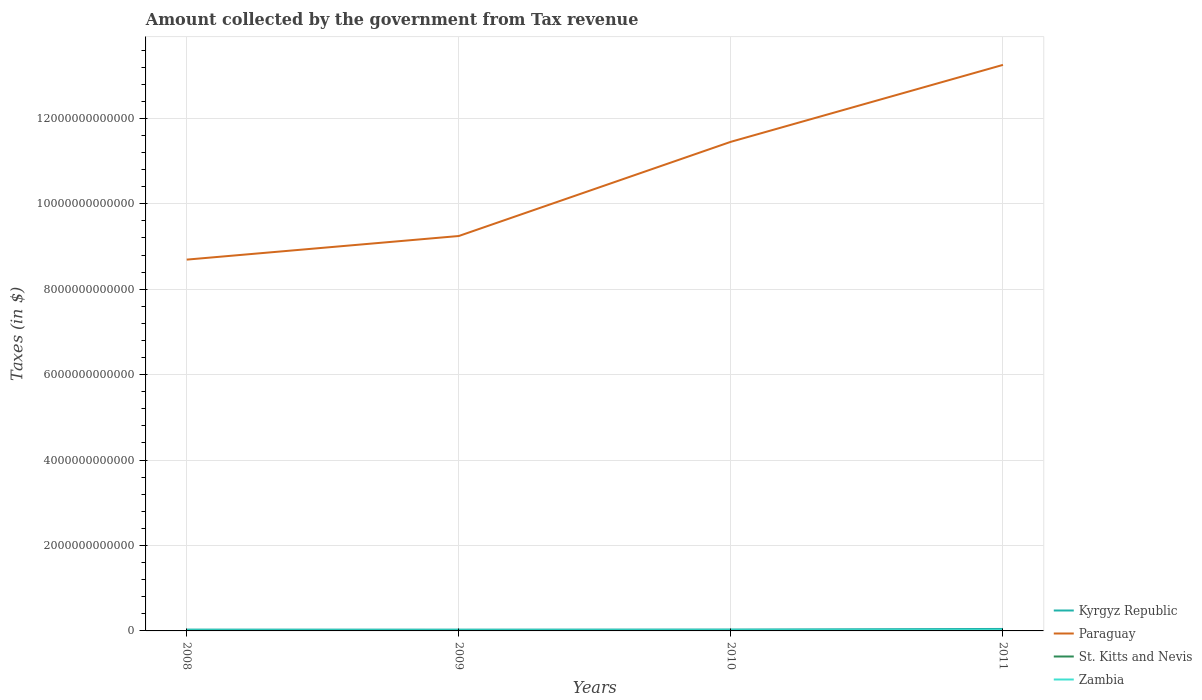
| Years | Kyrgyz Republic | Paraguay | St. Kitts and Nevis | Zambia |
 | --- | --- | --- | --- | --- |
 | 2008 | 3.1e+10 | 8.69e+12 | 4.21e+08 | 9.54e+09 |
 | 2009 | 3.03e+10 | 9.25e+12 | 3.94e+08 | 9.67e+09 |
 | 2010 | 3.31e+10 | 1.15e+13 | 3.43e+08 | 1.29e+10 |
 | 2011 | 4.61e+10 | 1.33e+13 | 4.08e+08 | 1.84e+10 |